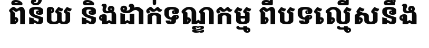
ពិន័យ និងដាក់ទណ្ឌកម្ម ពីបទល្មើសនឹង